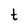
Character: t